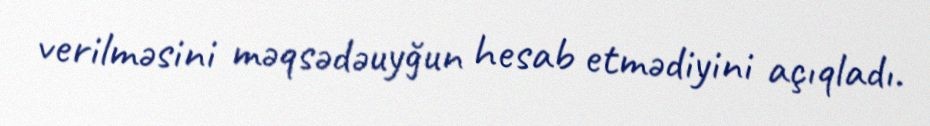
verilməsini məqsədəuyğun hesab etmədiyini açıqladı.